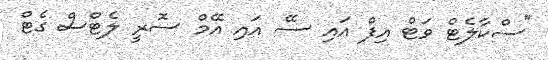
"ސްކާލެޓް ވަޓް އިފް އައި ސޭ އައި އޭމް ސޮރީ ލެޓްސް ގެޓް